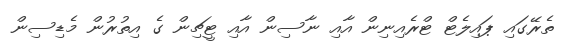
ތެރޭގައި ޕައިލެޓް ޓްރެއިނިން އާއި ނާސިން އާއި ޓީޗިން ގެ އިތުރުން މެޑިސިން